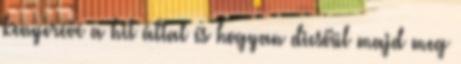
kenyerévé a hit által és hogyan dicsőül majd meg